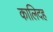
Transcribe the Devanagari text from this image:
कालिदह